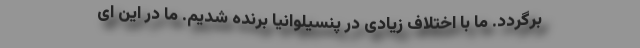
برگردد. ما با اختلاف زیادی در پنسیلوانیا برنده شدیم. ما در این ای